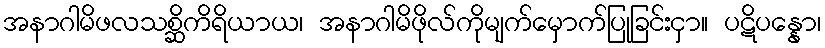
အနာဂါမိဖလသစ္ဆိကိရိယာယ၊ အနာဂါမိဖိုလ်ကိုမျက်မှောက်ပြုခြင်းငှာ။ ပဋိပန္နော၊